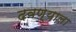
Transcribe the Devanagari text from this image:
दवण्याला